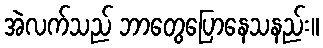
အဲလက်သည် ဘာတွေပြောနေသနည်း။